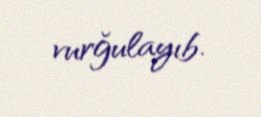
vurğulayıb.